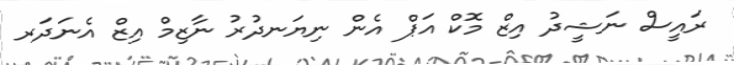
ރައީސް ނަޝީދު އިޒް މޮކް އަޕް އެން ނިޔަނދުރު ނާޒިމް އިޒް އެނަދަރ